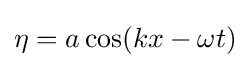
\eta =a\cos(kx-\omega t)